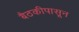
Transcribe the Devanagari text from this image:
बैठकीपासून